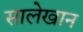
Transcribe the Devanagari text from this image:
सालेखान